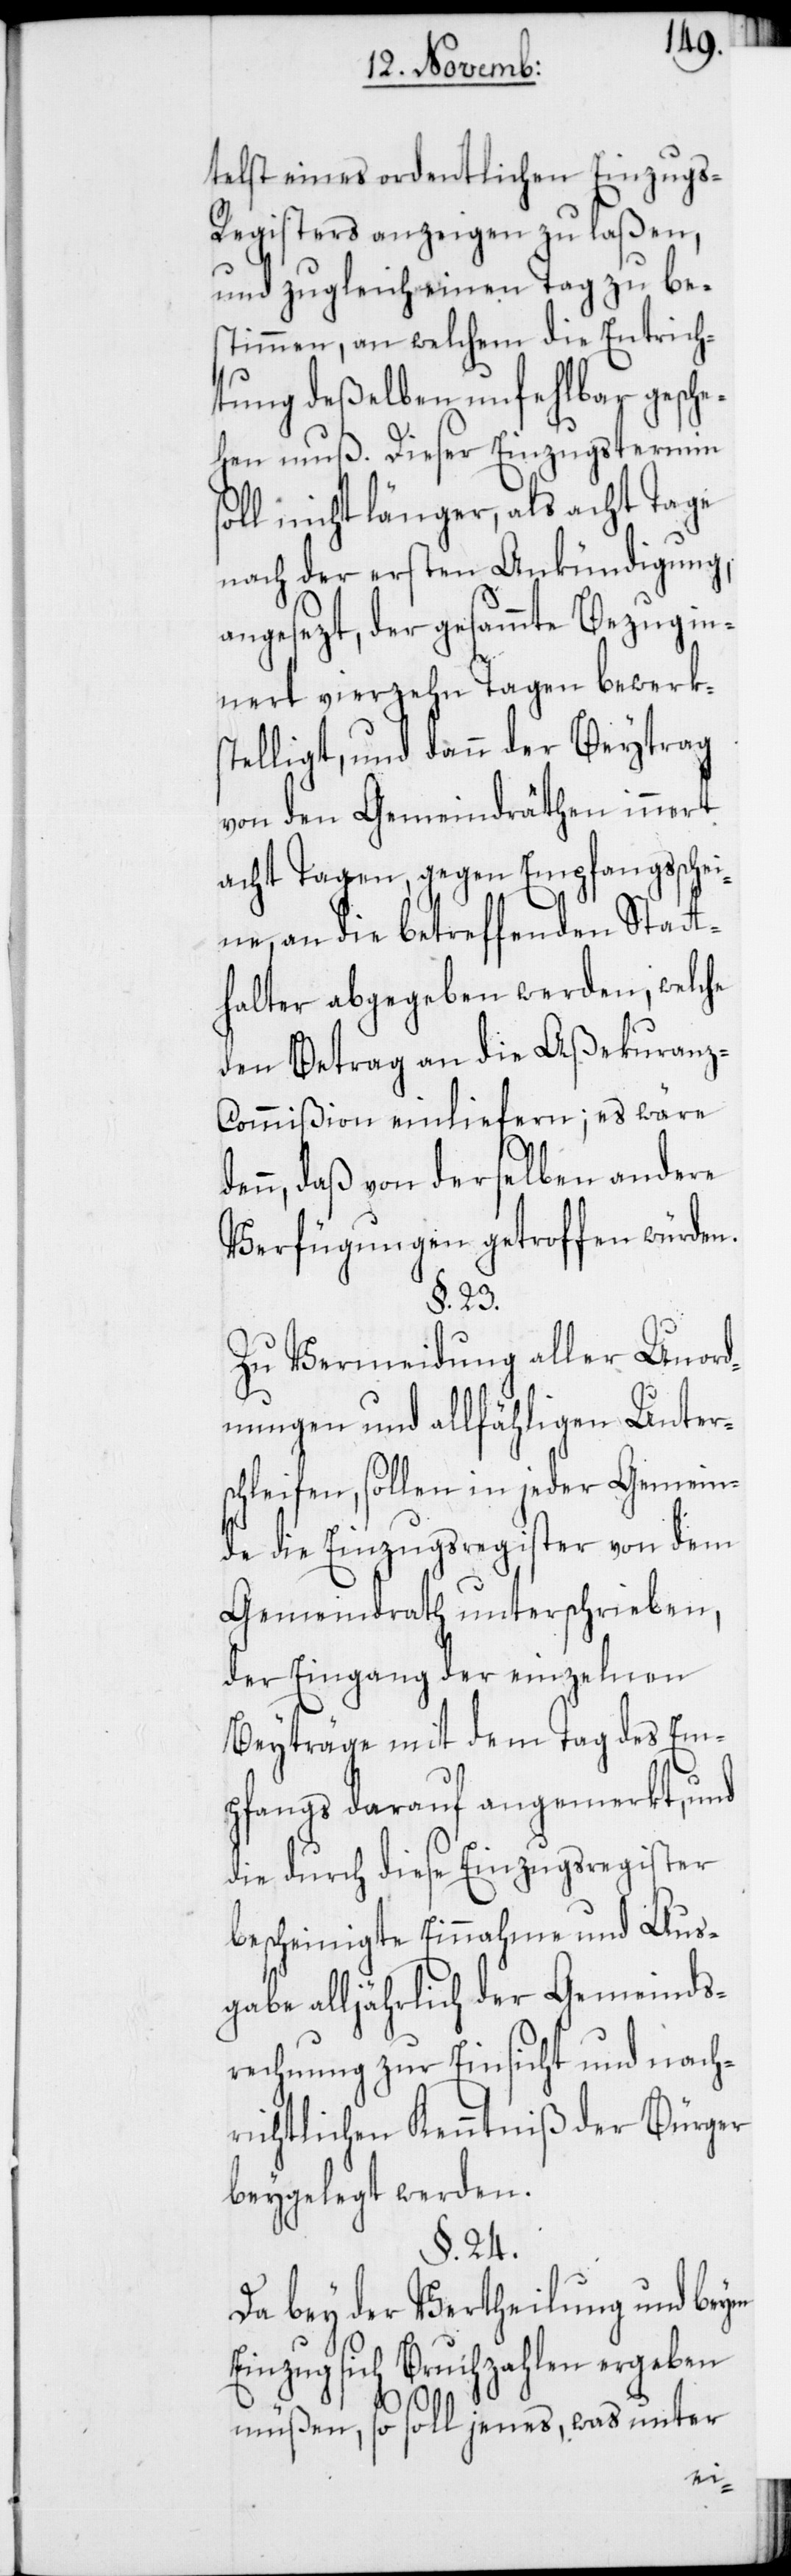
telst eines ordentlichen Einzugs-R¬
egisters anzeigen zu laßen,
und zugleich einen Tag zu be¬
stimmen, an welchem die Entrich¬
tung deßelben unfehlbar gesche¬
hen muß. Dieser Einzugstermin
soll nicht länger als acht Tage
nach der ersten Ankündigung,
angesezt, der gesammte Bezug in¬
nert vierzehn Tagen bewerks¬
telligt, und dann der Beytrag
von den Gemeindräthen innert
acht Tagen, gegen Empfangsschei¬
ne, an die betreffenden Statt¬
halter abgegeben werden, welche
den Betrag an die Aßekuranz-C¬
ommißion einliefern; es wäre
n, daß von derselben andere
Verfügungen getroffen würden.
§. 23.
Zu Vermeidung aller Unord¬
nungen und allfähligen Unters¬
chleifen, sollen in jeder Gemein¬
de die Einzugsregister von dem
Gemeindrath unterschrieben,
der Eingang der einzelnen
Beyträge mit dem Tag des Em¬
pfangs darauf angemerkt, und
die durch diese Einzugsregister
bescheinigte Einnahme und Aus¬
gabe alljährlich der Gemeinds¬
rechnung zur Einsicht und nach¬
richtlichen Kenntniß der Bürger
beygelegt werden.
§. 24.
Da bey der Vertheilung und beym
Einzug sich Bruchzahlen ergeben
müßen, so soll jenes, was unter
den¬